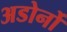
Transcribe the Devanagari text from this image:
अडोर्नो